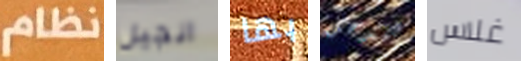
نظام انجيل بها لندخل غلاس